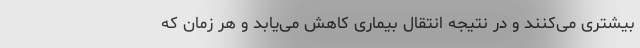
بیشتری می‌کنند و در نتیجه انتقال بیماری کاهش می‌یابد و هر زمان که